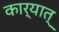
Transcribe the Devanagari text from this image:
कार्यात्